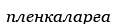
пленкаларға